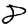
Digit: 8